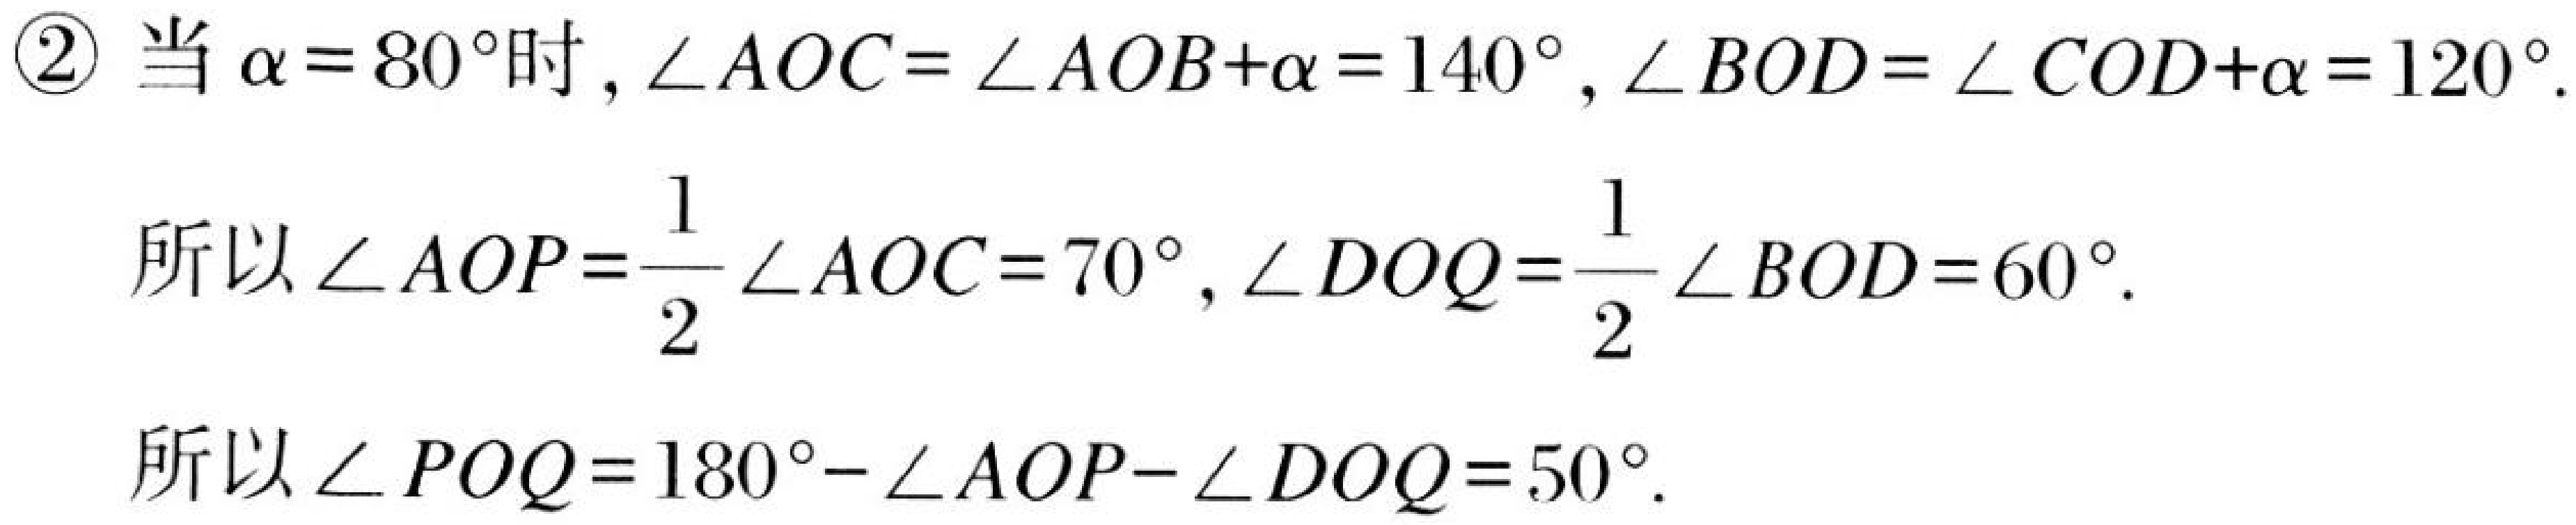
\textcircled{2} 当 \(\alpha = 80^{\circ}\) 时，\(\angle AOC=\angle AOB + \alpha=140^{\circ}\)，\(\angle BOD=\angle COD+\alpha = 120^{\circ}\).

所以 \(\angle AOP=\dfrac{1}{2}\angle AOC = 70^{\circ}\)，\(\angle DOQ=\dfrac{1}{2}\angle BOD = 60^{\circ}\).

所以 \(\angle POQ=180^{\circ}-\angle AOP - \angle DOQ = 50^{\circ}\).